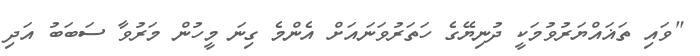
"ވައި ތަޣައްޔަރުވުމަކީ ދުނިޔޭގެ ހަތަރުވަނައަށް އެންމެ ގިނަ މީހުން މަރުވާ ސަބަބު އަދި